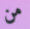
من